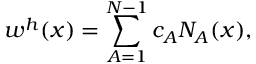
w ^ { h } ( x ) = \sum _ { A = 1 } ^ { N - 1 } c _ { A } N _ { A } ( x ) ,